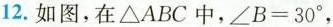
12.如图，在\triangle ABC中，$$\angle B=30^{\circ}$$，